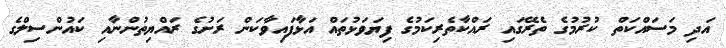
އަދި މަސައްކަތް ކުރުމުގެ ތެރޭގައި ރައްކާތެރިކަމުގެ ފިޔަވަޅުތައް އަޅާފައިވާކަން ރަށުގެ ރައްޔިތުންނާއި ކައުންސިލްގެ